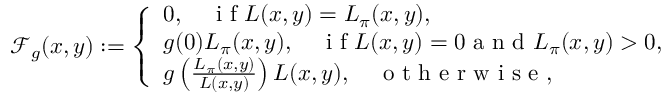
\begin{array} { r } { \mathcal { F } _ { g } ( x , y ) : = \left\{ \begin{array} { l l } { 0 , \quad \textrm { i f } L ( x , y ) = L _ { \pi } ( x , y ) , } \\ { g ( 0 ) L _ { \pi } ( x , y ) , \quad \textrm { i f } L ( x , y ) = 0 \textrm { a n d } L _ { \pi } ( x , y ) > 0 , } \\ { g \left( \frac { L _ { \pi } ( x , y ) } { L ( x , y ) } \right) L ( x , y ) , \quad \textrm { o t h e r w i s e } , } \end{array} \right. } \end{array}